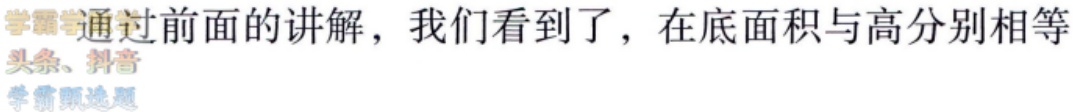
通过前面的讲解，我们看到了，在底面积与高分别相等